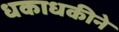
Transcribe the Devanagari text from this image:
धकाधकीने